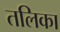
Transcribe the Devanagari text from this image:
तलिका